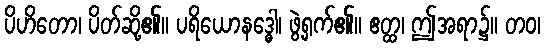
ပိဟိတော၊ ပိတ်ဆို့၏။ ပရိယောနဒ္ဓေါ၊ ဖွဲ့ရှက်၏။ ဧတ္ထ၊ ဤအရာ၌။ တဝ၊